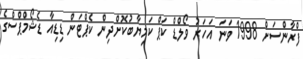
ފްރާންސަށް 1998 ވަނަ އަހަރު ވޯލްޑް ކަޕް ކަމިޔާބުކޮށްދިން ކެޕްޓަން ޑިޑިއާ ޑެޝޯމްޕްސްގެ